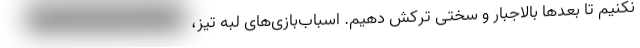
نکنیم تا بعدها بالاجبار و سختی ترکش دهیم. اسباب‌بازی‌های لبه تیز،